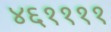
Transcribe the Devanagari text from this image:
४६११११